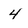
Character: 4